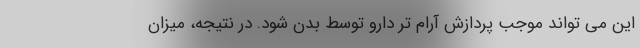
این می تواند موجب پردازش آرام تر دارو توسط بدن شود. در نتیجه، میزان